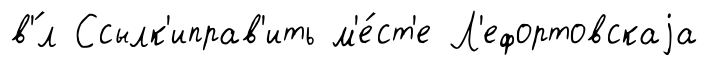
в'́л Ссылк'иправ'ить м'е́ст'е Л'ефортовскаjа